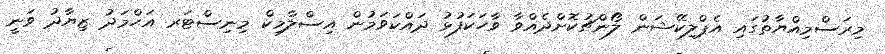
މިރަސްމިއްޔާތުގައި އެޕްލިކޭޝަން ލޯންޗުކޮށްދެއްވާ ވާހަކަފުޅު ދައްކަވަމުން އިސްލާމިކް މިނިސްޓަރ އަޙްމަދު ޒިޔާދު ވަނީ